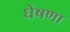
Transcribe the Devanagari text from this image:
घेषणा